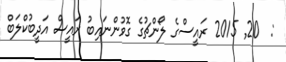
:  20